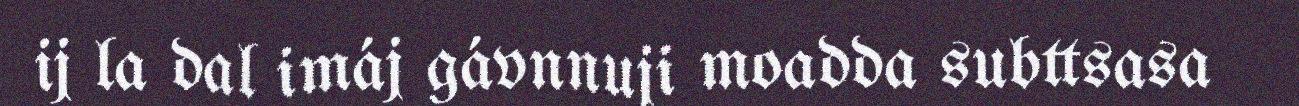
ij la dal imáj gávnnuji moadda subttsasa